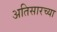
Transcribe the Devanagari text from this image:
अतिसारच्या